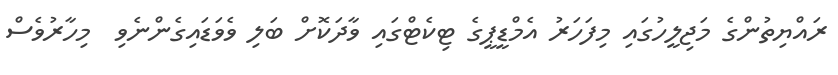
ރައްޔިތުންގެ މަޖިލީހުގައި މިފަހަރު އެމްޑީޕީގެ ޓިކެޓްގައި ވާދަކޮށް ބަލި ވެވަޑައިގެންނެވި  މިހާރުވެސް